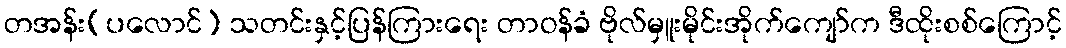
တအန်း(ပလောင်) သတင်းနှင့်ပြန်ကြားရေး တာဝန်ခံ ဗိုလ်မှူးမိုင်းအိုက်ကျော်က ဒီထိုးစစ်ကြောင့်